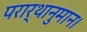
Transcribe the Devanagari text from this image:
परार्थानुमान।